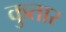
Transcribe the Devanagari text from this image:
कुतार